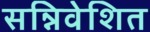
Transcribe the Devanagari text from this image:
सन्निवेशित